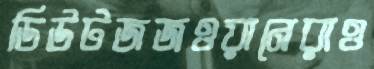
ডিউটজজওয়ানেরাও